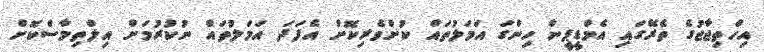
އިހްތިޖާޖުގެ ތެރޭގައި އެމްޑީޕީން ހިންގަ އަމަލުތައް ކުށްވެރިކޮށް އެފަދަ އަމަލުތައް ނުކުރުމަށް އިލްތިމާސްކޮށް